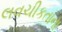
લવચીકતાના